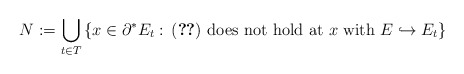
\begin{align*}N:=\bigcup_{t\in T} \left\{x\in \partial^*E_t:\, \eqref{eq:density of E}\textrm{ does not hold at }x\textrm{ with }E\hookrightarrow E_t\right\}\end{align*}